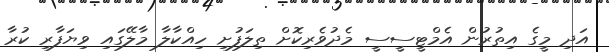
އަދި މީގެ އިތުރުން އެމްޓީސީސީ މެދުވެރިކޮށް ތިލަފުށި ހިއްކާލާ މާލޭގައި ވިޔަފާރި ކުރާ